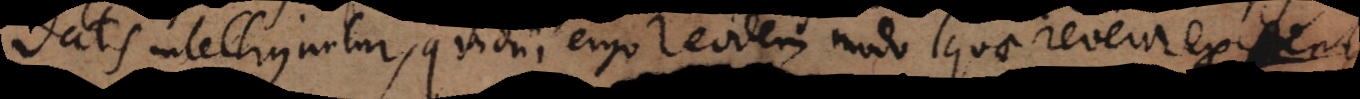
datis intelliguntur, quidni ergo eodem modo quae revera existent